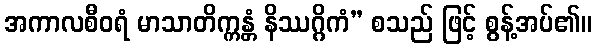
အကာလစီဝရံ မာသာတိက္ကန္တံ နိဿဂ္ဂိကံ” စသည် ဖြင့် စွန့်အပ်၏။